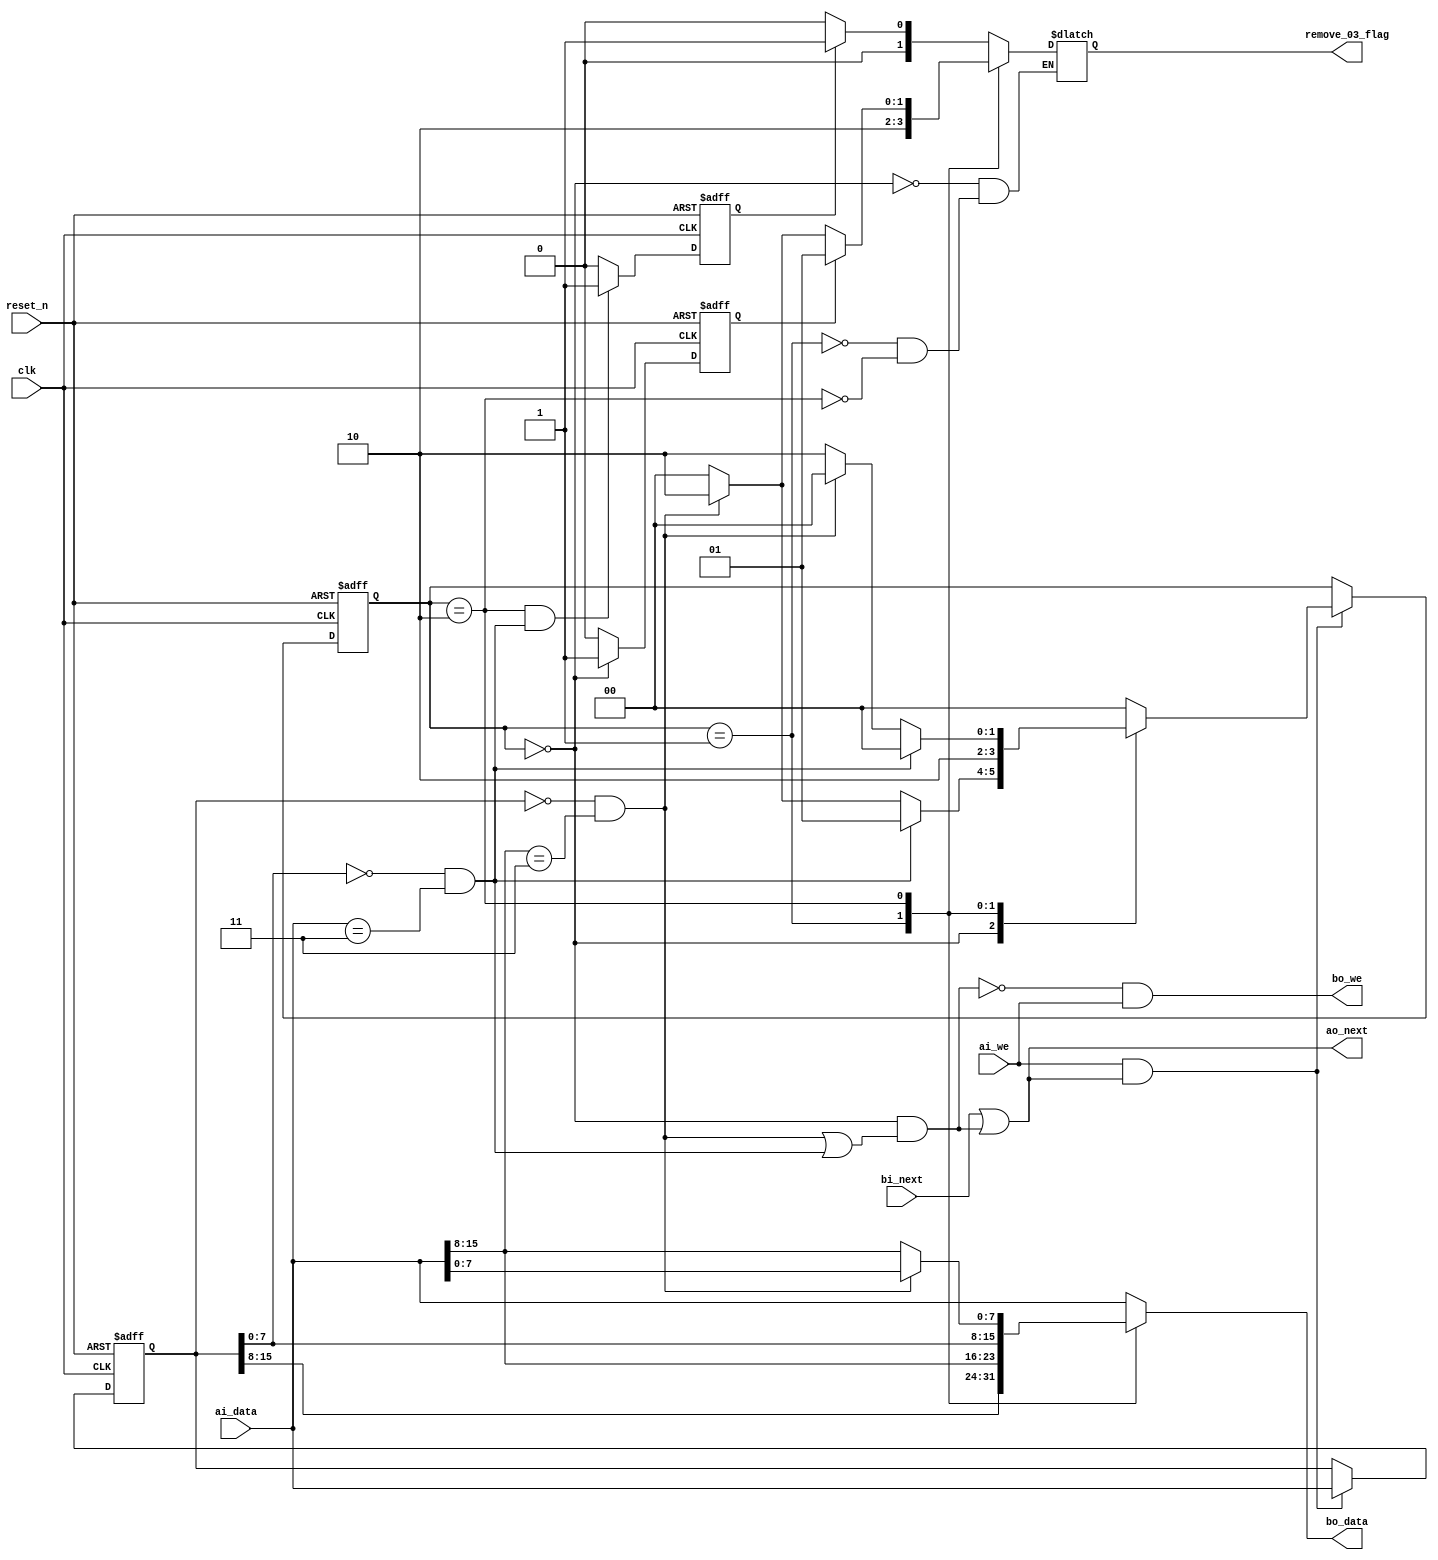
module remove_03(
input clk,reset_n,

input ai_we,                 
input [15:0] ai_data, 
output ao_next,


input bi_next, 
output bo_we,                
output reg [15:0] bo_data,

output reg [1:0] remove_03_flag

);

localparam
     STATE_D = 0,
     STATE_A = 1,
     STATE_B = 2;

reg [15:0] last;
reg [1:0]  state_next,state;

wire found03,found03_j,found03_k;

assign found03_j = (last[15:0] == 16'h0000) && (ai_data[15:8] == 8'h03   );
assign found03_k = (last[ 7:0] == 8'h00  ) && (ai_data[15:0] == 16'h0003);
assign found03   = found03_j || found03_k;

assign bo_we   = !((state == STATE_D) && found03) && ai_we ;
assign ao_next = bi_next || ((state == STATE_D) && found03);

always @(posedge clk  or negedge reset_n)
      if (reset_n == 0) 
         state <= STATE_D;
      else if (ai_we && ao_next) //&& (bo_we && bi_next))
           state <= state_next;


always @(state or found03_k or found03_j)   
	case (state)
        STATE_D: 
				if (found03_k) 	state_next = STATE_A;
				else if (found03_j)  state_next = STATE_B;
				else			state_next = STATE_D;
        STATE_A: 
          state_next = STATE_B;
        STATE_B: 
           if (found03_k)  	state_next = STATE_D;
           else if (found03_j)  state_next = STATE_D;
	   else			state_next = STATE_B;
        default: 
          state_next = STATE_D;
      endcase

always @(state or ai_data or last or found03_j)   
      case (state)
        STATE_D: bo_data = ai_data;
        STATE_A: bo_data = {last[15:8], ai_data[15:8]};
        STATE_B: 
          if (found03_j)
            bo_data = {last[ 7:0], ai_data[ 7:0]};
          else
            bo_data = {last[ 7:0], ai_data[15:8]};
        default: bo_data = ai_data;
      endcase



always @(posedge clk  or negedge reset_n)
	if (reset_n == 0)  
        	last <= 1;
	else if (ai_we && ao_next) 
		last <= ai_data;

reg last_state_D,last_state_B;
always @(posedge clk  or negedge reset_n)
	if (reset_n == 0) 
		last_state_D <= 0;
	else if(state == STATE_D)
		last_state_D <= 1;
	else 	
		last_state_D <= 0;

always@(posedge clk  or negedge reset_n)
	if (reset_n == 0) 
		last_state_B <= 0;
	else if(state == STATE_B && found03_k)
		last_state_B <= 1;
	else 	
		last_state_B <= 0;



always @(state or last_state_D or last_state_B or found03_j)   
	case (state)
	STATE_D:remove_03_flag = last_state_B ? 2'd1 : 2'd0;
	STATE_A:remove_03_flag = 2'd2;
	STATE_B:remove_03_flag = last_state_D ? 2'd1 : found03_j ? 2'd2 : 2'd0;
	default:;
	endcase
	






endmodule